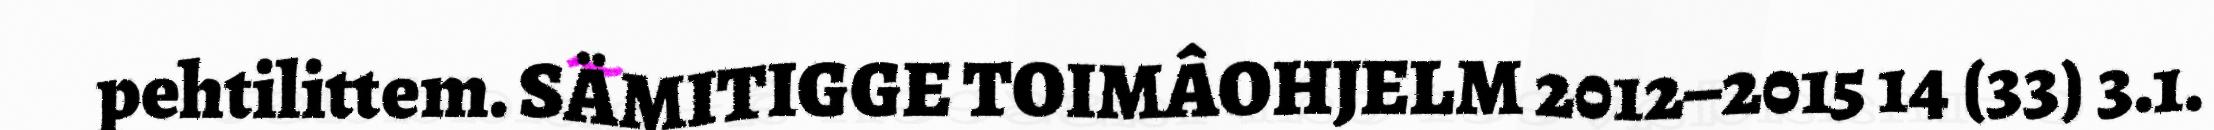
pehtilittem. SÄMITIGGE TOIMÂOHJELM 2012–2015 14 (33) 3.1.